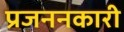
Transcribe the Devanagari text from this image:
प्रजननकारी